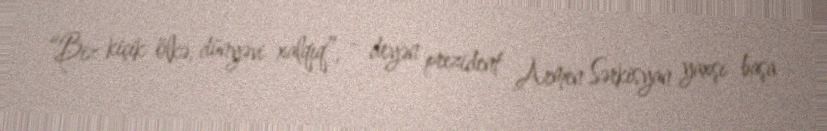
“Biz kiçik ölkə, dünyəvi xalqıq”, - deyən prezident Armen Sərkisyan yaxşı başa